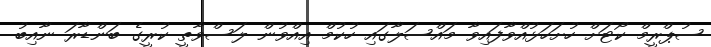
ސުޕްރީމް ކޯޓަށް ހުށަހަޅުއްވާފައިވާ މައްސަލާގައި ހުކުމް އިއްވުން ލަސްވާތީ ކުރީގެ ބަންޑާރަ ނާއިބު